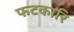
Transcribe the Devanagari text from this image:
फटकारि